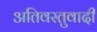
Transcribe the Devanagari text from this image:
अतिवस्तुवादी